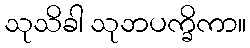
သုသိခါ သုဘပက္ခိကာ။